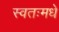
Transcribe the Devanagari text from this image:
स्वतःमधे